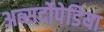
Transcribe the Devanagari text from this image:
अब्सर्दोपेडिया